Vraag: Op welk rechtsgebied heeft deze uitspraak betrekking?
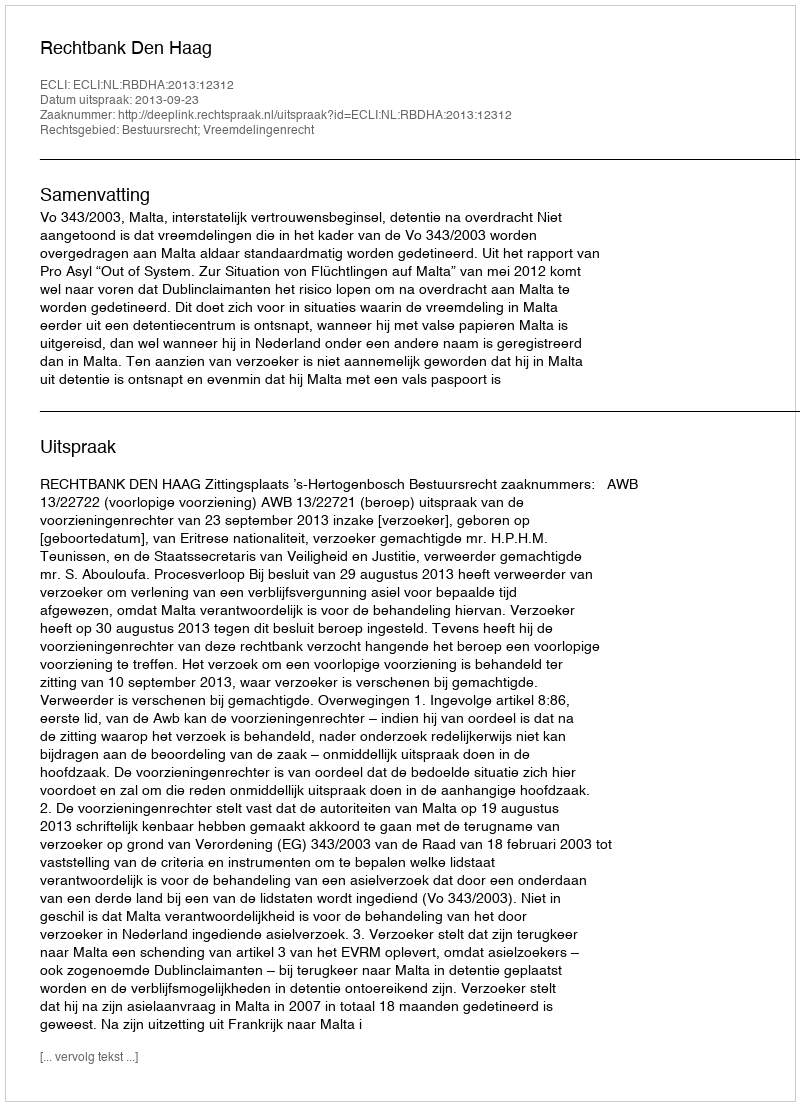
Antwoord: Bestuursrecht; Vreemdelingenrecht